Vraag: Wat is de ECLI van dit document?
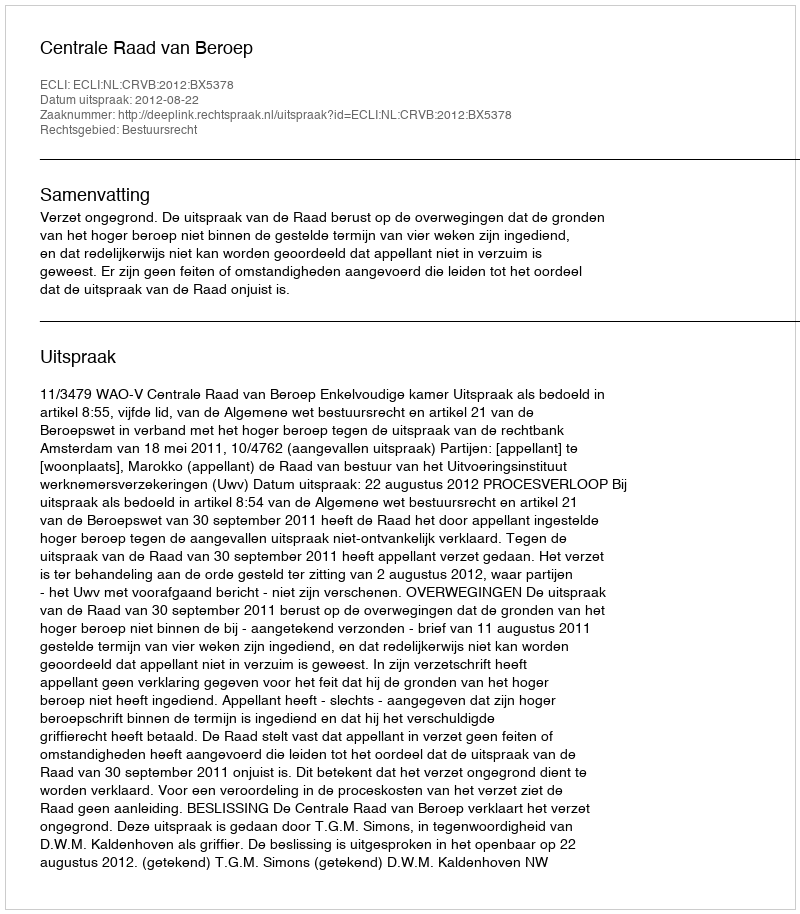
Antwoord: ECLI:NL:CRVB:2012:BX5378